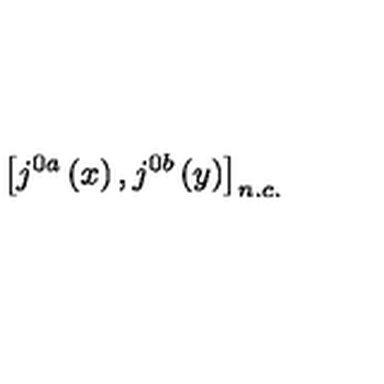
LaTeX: \left[ j ^ { 0 a } \left( x \right) , j ^ { 0 b } \left( y \right) \right] _ { n . c . }